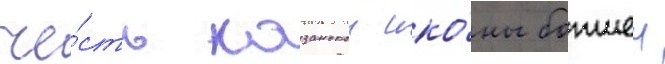
че́сть казанскои ико́ны божиеи